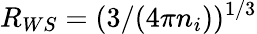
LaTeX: R_{WS}=(3/(4\pi n_{i}))^{1/3}